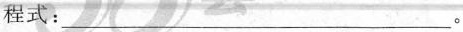
程式： ___。